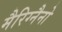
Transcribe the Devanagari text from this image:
मैरिग्नैनो